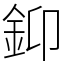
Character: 䤝